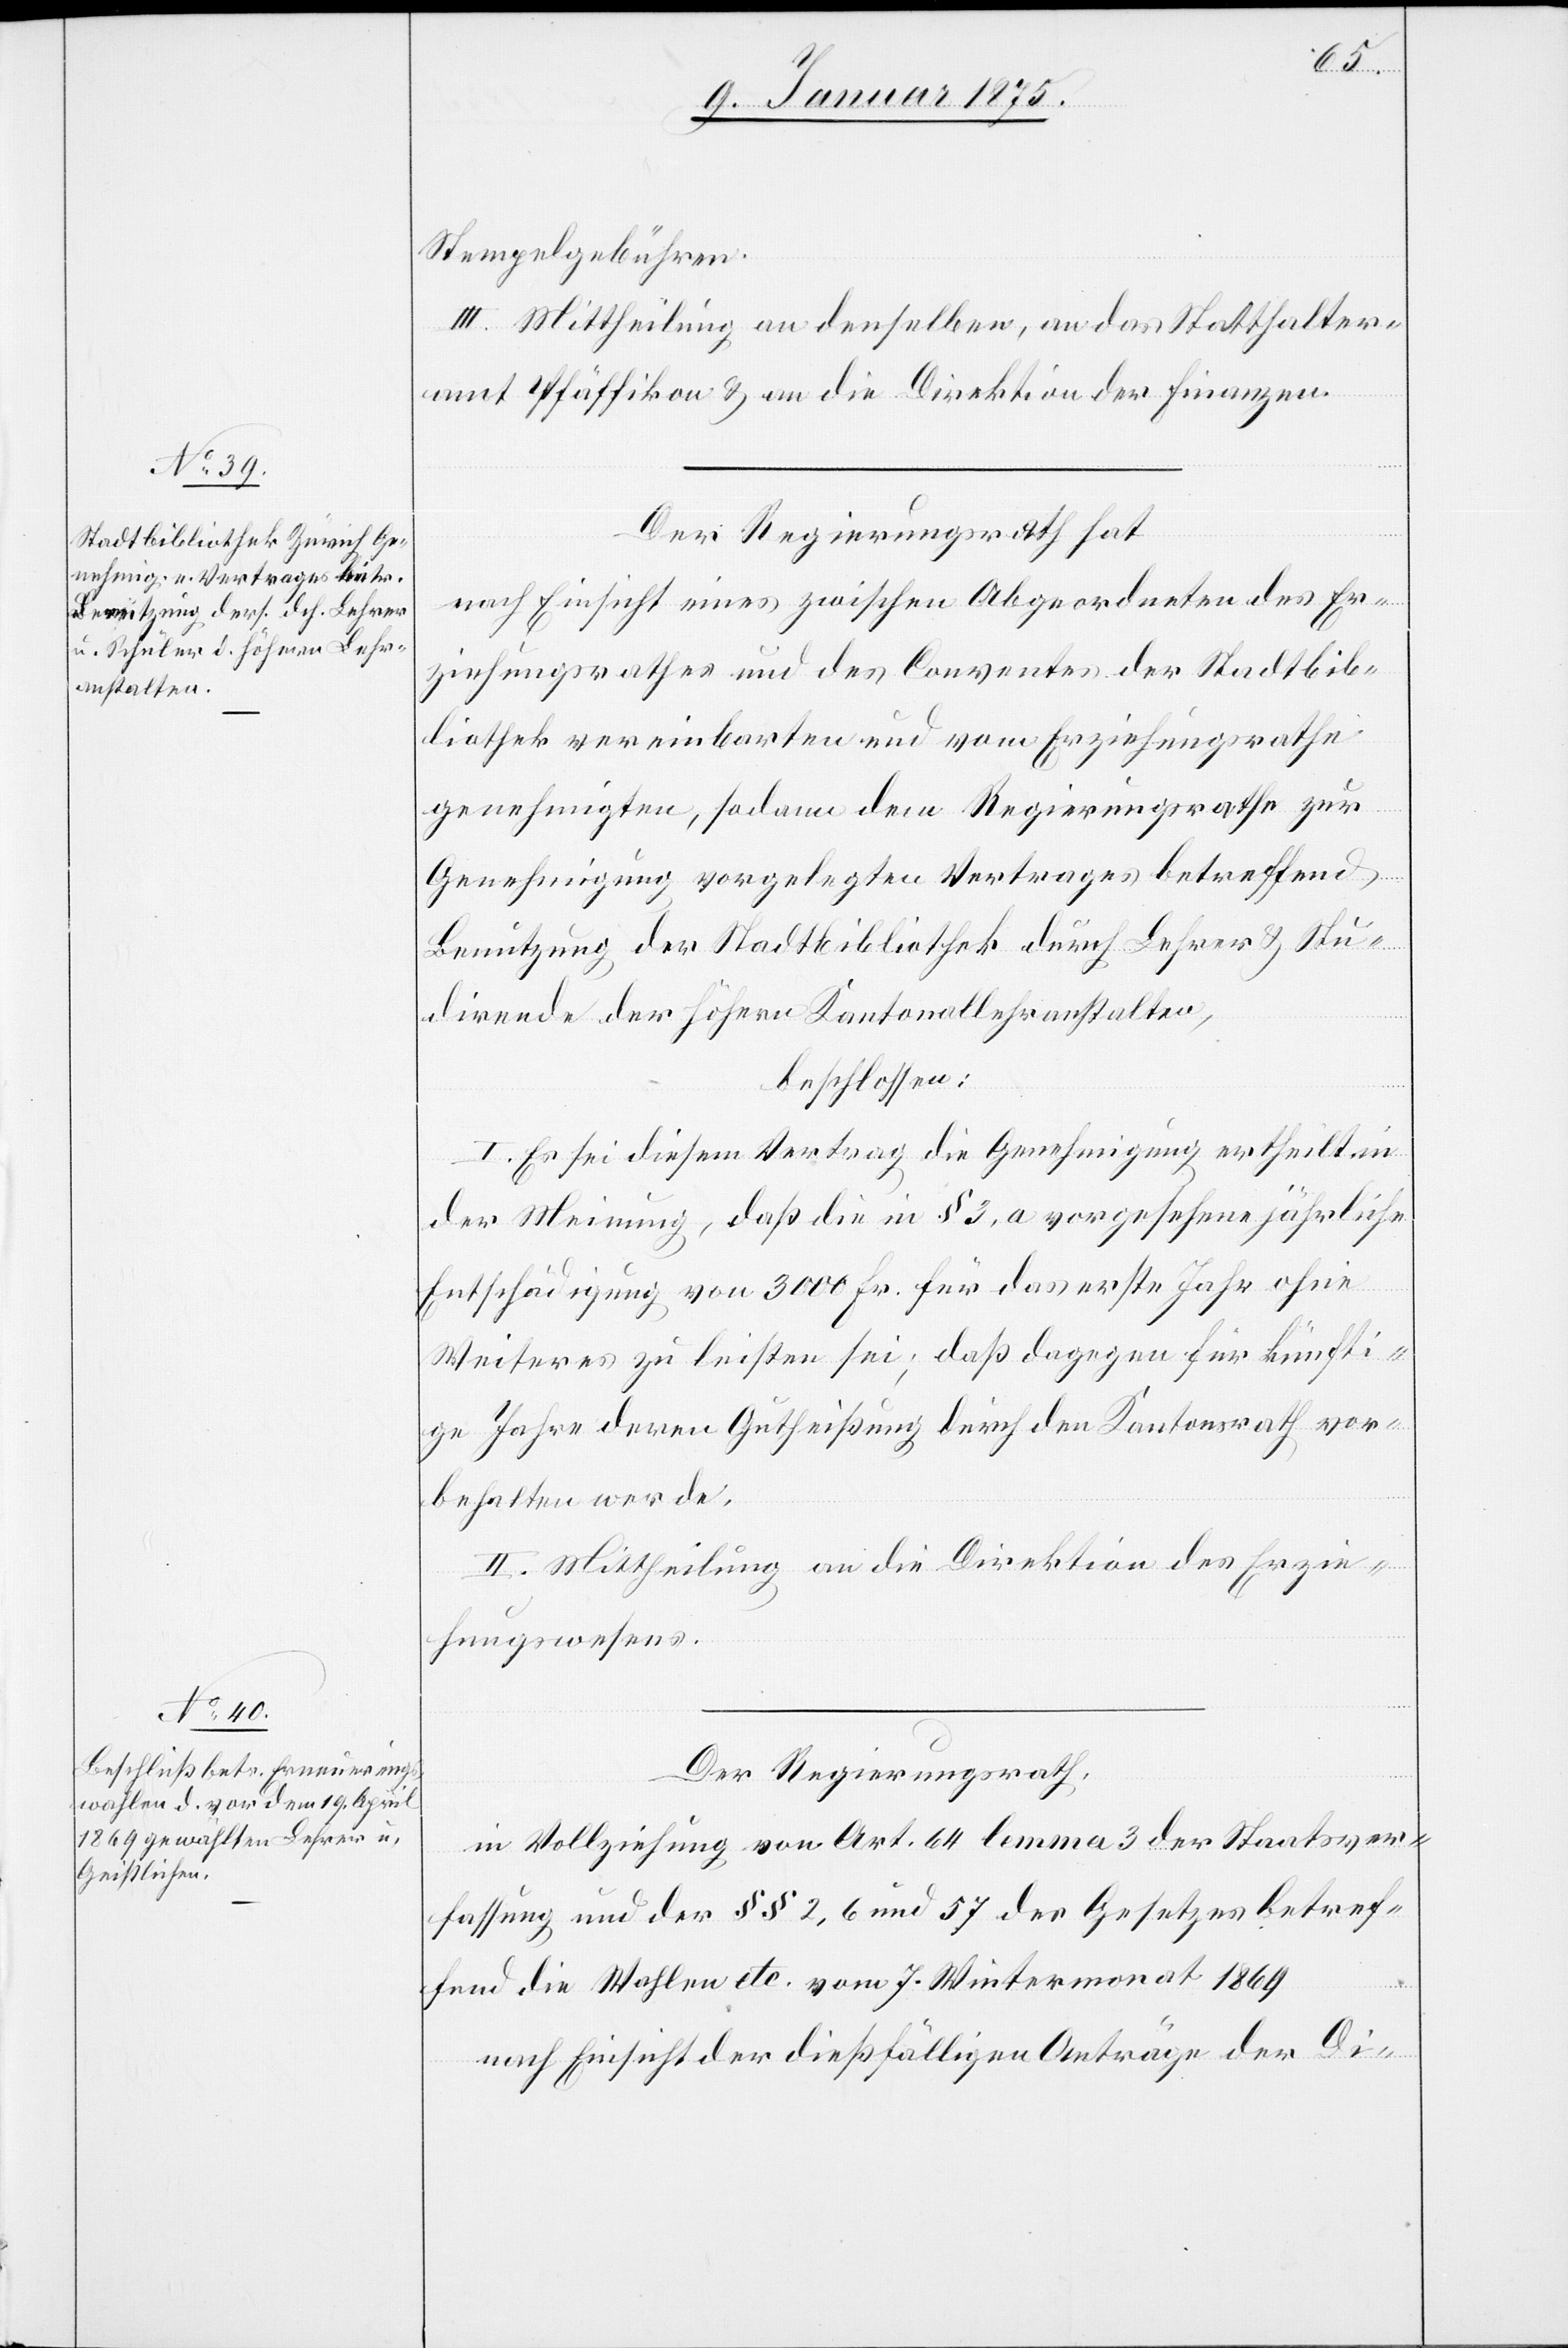
Stempelgebühren.
III. Mittheilung an denselben, an das Statthalter¬
amt Pfäffikon & an die Direktion der Finanzen.
Der Regierungsrath hat,
nach Einsicht eines zwischen Abgeordneten des Er¬
ziehungsrathes und des Conventes der Stadtbib¬
liothek vereinbarten und vom Erziehungsrathe
genehmigten, sodann dem Regierungsrathe zur
Genehmigung vorgelegten Vertrages betreffend
Benutzung der Stadtbibliothek durch Lehrer & Stu¬
dirende der höhern Kantonallehranstalten,
beschlossen:
I. Es sei diesem Vertrag die Genehmigung ertheilt in
der Meinung, daß die in § 3, da vorgesehene jährliche
Entschädigung von 3000 Fr. für das erste Jahr ohne
Weiteres zu leisten sei; daß dagegen für künfti¬
ge Jahre deren Gutheißung durch den Kantonsrath vor¬
behalten werde.
II. Mittheilung an die Direktion des Erzie¬
hungswesens.
in Vollziehung von Art. 64 lemma 3 der Staatsver¬
fassung und der §§ 2, 6 und 57 des Gesetzes betref¬
fend die Wahlen etc. vom 7. Wintermonat 1864
nach Einsicht der dießfälligen Anträge der Di-